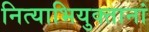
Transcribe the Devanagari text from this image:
नित्याभियुक्तानां